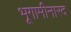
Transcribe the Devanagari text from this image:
भूगामीनारद